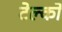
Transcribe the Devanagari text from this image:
टेल्कों